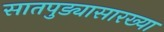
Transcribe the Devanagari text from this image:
सातपुड्यासारख्या